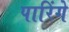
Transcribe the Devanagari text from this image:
पारिंगे